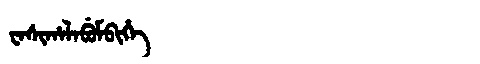
Manchu: ᠸᠠᠰᡳᡥᠠᠯᠠᠪᡠᠮᠪᡳᡥᡝ
Romanization: WASIHALABUMBIHE